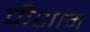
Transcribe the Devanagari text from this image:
पीशान